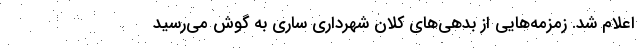
اعلام شد. زمزمه‌هایی از بدهی‌های کلان شهرداری ساری به گوش می‌رسید